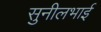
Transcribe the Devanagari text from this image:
सुनीलभाई